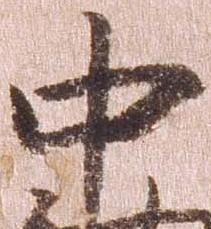
中